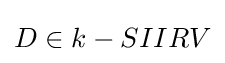
\textstyle D\in k-SIIRV